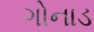
ગોનાડ